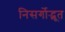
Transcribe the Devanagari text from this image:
निसर्गोद्भूत